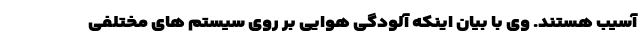
آسیب هستند. وی با بیان اینکه آلودگی هوایی بر روی سیستم های مختلفی